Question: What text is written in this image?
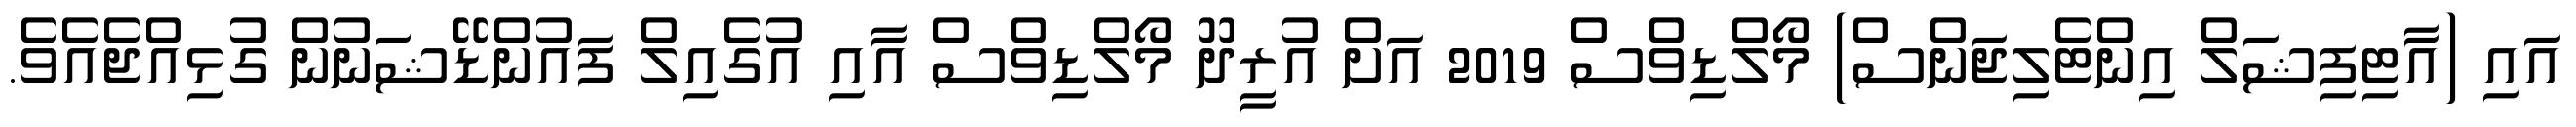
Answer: އައި (އާޓިފިޝަލް އިންޓެލިޖަންސް) މޯލްޑިވްސް 2019 އަށް އުރީދޫ މޯލްޑިވްސް އާއި އުގެއިލް ފައުންޑޭޝަނުން ގުޅިއްޖެއެވެ.